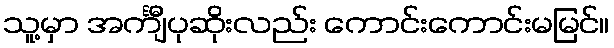
သူ့မှာ အင်္ကျီပုဆိုးလည်း ကောင်းကောင်းမမြင်။